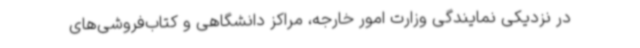
در نزدیکی نمایندگی وزارت امور خارجه، مراکز دانشگاهی و کتاب‌فروشی‌های